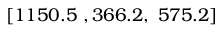
[ 1 1 5 0 . 5 \; , 3 6 6 . 2 , \; 5 7 5 . 2 ]